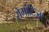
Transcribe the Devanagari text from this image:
रोमांटिज्म